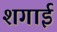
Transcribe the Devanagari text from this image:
शगाई